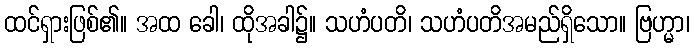
ထင်ရှားဖြစ်၏။ အထ ခေါ၊ ထိုအခါ၌။ သဟံပတိ၊ သဟံပတိအမည်ရှိသော။ ဗြဟ္မာ၊